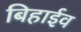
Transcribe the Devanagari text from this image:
बिहाईव